Leaving Certificate Examination, 1924
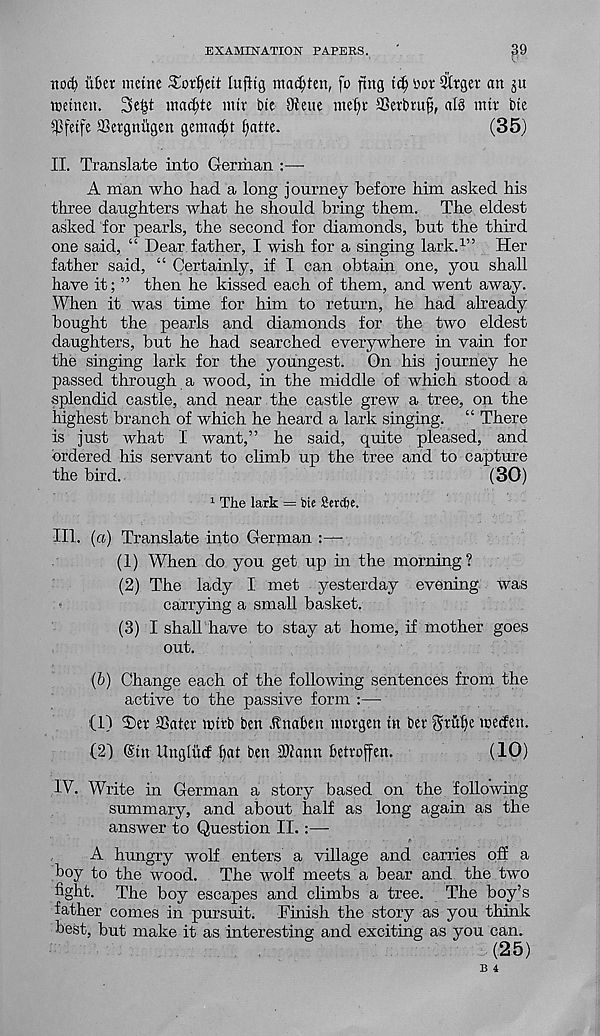
EXAMINATION PAPERS.
'
39
no$ ubci meine ^or^eit lufitg marten, fo ftng
t'or Sirger an ju
tnetnen. 3e|t ma^te mtr bie Oieue met)! SSertnu^, al§ mtr bte
^Pfetfe SSergniigen gemacfct f)atte.
(35)
II. Translate into German
A man who had a long journey before him asked his
three daughters what he should bring them. The eldest
asked for pearls, the second for diamonds, but the third
one said, “ Dear father, I wish for a singing lark. 1 ” Her
father said, “ Certainly, if I can obtain one, you shall
have it; ” then he kissed each of them, and went away.
When it was time for him to return, he had already
bought the pearls and diamonds for the two eldest
daughters, but he had searched everywhere in vain for
the singing lark for the youngest. On his journey he
passed through a wood, in the middle of which stood a
splendid castle, and near the castle grew a tree, on the
highest branch of which he heard a lark singing. “ There
is just what I want,” he said, quite pleased, and
ordered his servant to climb up the tree and to capture
the bird.
(30)
1 The lark = bie Serdje.
III. (a) Translate into German :—
(1) When do you get up in the morning?
(2) The lady I met yesterday evening was
carrying a small basket.
(3) I shall have to stay at home, if mother goes
out.
(b) Change each of the following sentences from the
active to the passive form :—
(1) T)er SSater wtrb ben Anaben morgen in ber Shuf) e merfen.
(2) @tn Ungliicf f)at ben 2)?ann betroffen.
(10)
IV. Write in German a story based on the follo'wing
summary, and about half as long again as the
answer to Question II. :—
A hungry wolf enters a village and carries off a
boy to the wood. The wolf meets a bear and the two
fight. The boy escapes and climbs a tree. The boy’s
father comes in pursuit. Finish the story as you think
best, but make it as interesting and exciting as you can.
(25)